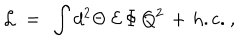
{ \cal L } \ = \ \int d ^ { 2 } \Theta \ { \cal E } \, \Phi \, Q ^ { 2 } \, + \, \mathrm { h . c . } ~ ,